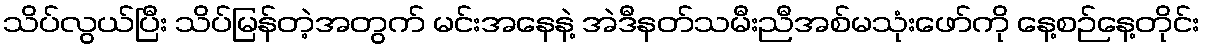
သိပ်လွယ်ပြီး သိပ်မြန်တဲ့အတွက် မင်းအနေနဲ့ အဲဒီနတ်သမီးညီအစ်မသုံးဖော်ကို နေ့စဉ်နေ့တိုင်း